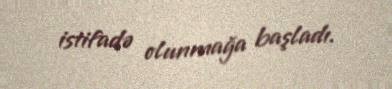
istifadə olunmağa başladı.